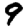
Digit: 9